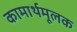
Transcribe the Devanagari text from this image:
कामार्थमूलक